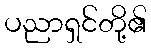
ပညာရှင်တို့၏